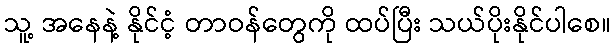
သူ့ အနေနဲ့ နိုင်ငံ့ တာဝန်တွေကို ထပ်ပြီး သယ်ပိုးနိုင်ပါစေ။